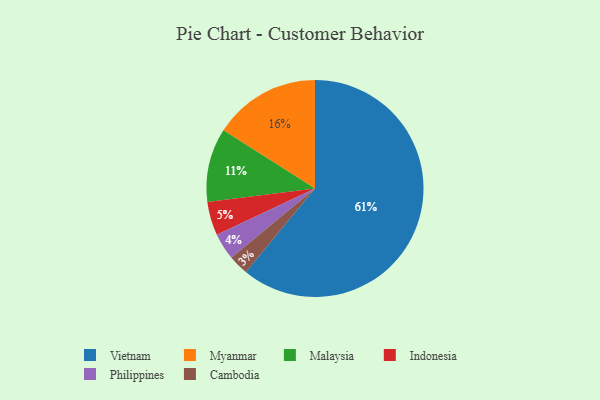
{"axis": {"x": "Category", "y": "Percentage"}, "legend": ["Cambodia", "Indonesia", "Malaysia", "Myanmar", "Philippines", "Vietnam"], "data": [{"x": "Myanmar", "y": 16, "type": "Myanmar"}, {"x": "Malaysia", "y": 11, "type": "Malaysia"}, {"x": "Indonesia", "y": 5, "type": "Indonesia"}, {"x": "Cambodia", "y": 3, "type": "Cambodia"}, {"x": "Vietnam", "y": 61, "type": "Vietnam"}, {"x": "Philippines", "y": 4, "type": "Philippines"}]}